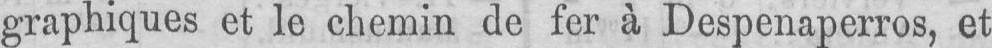
graphiques et le chemin de fer à Despenaperros, et